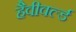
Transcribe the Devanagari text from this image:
हैवीवर्ल्ड